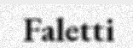
Faletti